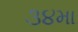
૩૪મા